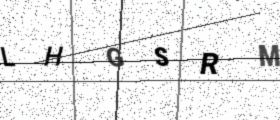
Text: LHGSRM